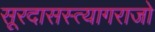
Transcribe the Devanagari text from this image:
सूरदासस्त्यागराजो